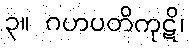
၃။ ဂဟပတိကုဋိ၊